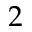
2